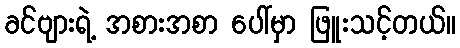
ခင်ဗျားရဲ့ အစားအစာ ပေါ်မှာ ဖြူးသင့်တယ်။